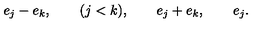
e _ { j } - e _ { k } , \qquad ( j < k ) , \qquad e _ { j } + e _ { k } , \qquad e _ { j } .